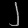
Digit: ၂